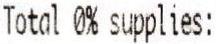
TOTAL 0% SUPPLIES: